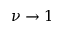
\nu \to 1